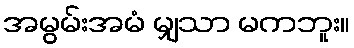
အမွမ်းအမံ မျှသာ မကဘူး။